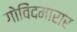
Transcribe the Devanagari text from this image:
गोविंदमारार